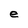
Character: e